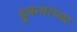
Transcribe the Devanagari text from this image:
हुकयांच्या